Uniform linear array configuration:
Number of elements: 48
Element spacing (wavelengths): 0.25
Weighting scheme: uniform
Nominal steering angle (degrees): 45
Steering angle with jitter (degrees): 43.135
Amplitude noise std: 0.05
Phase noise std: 0.05

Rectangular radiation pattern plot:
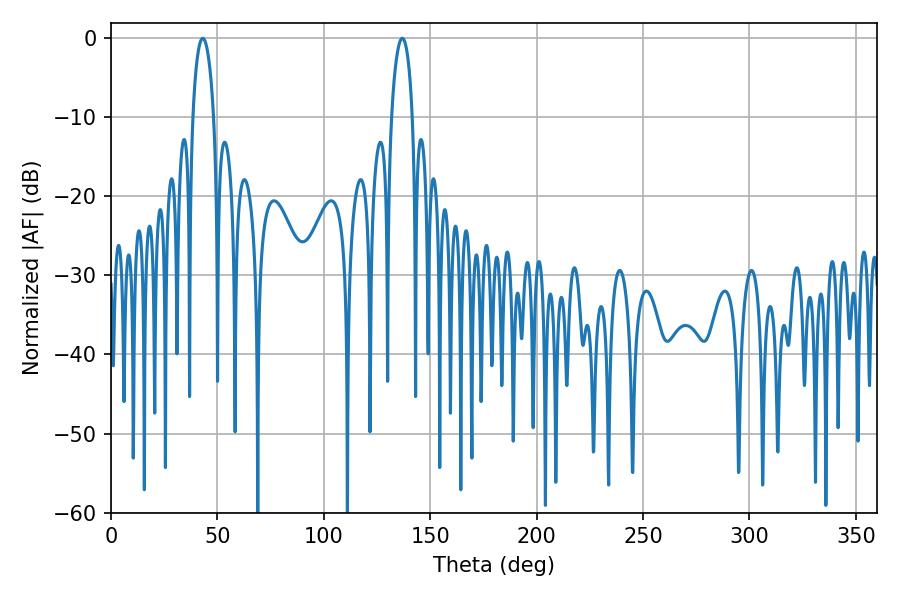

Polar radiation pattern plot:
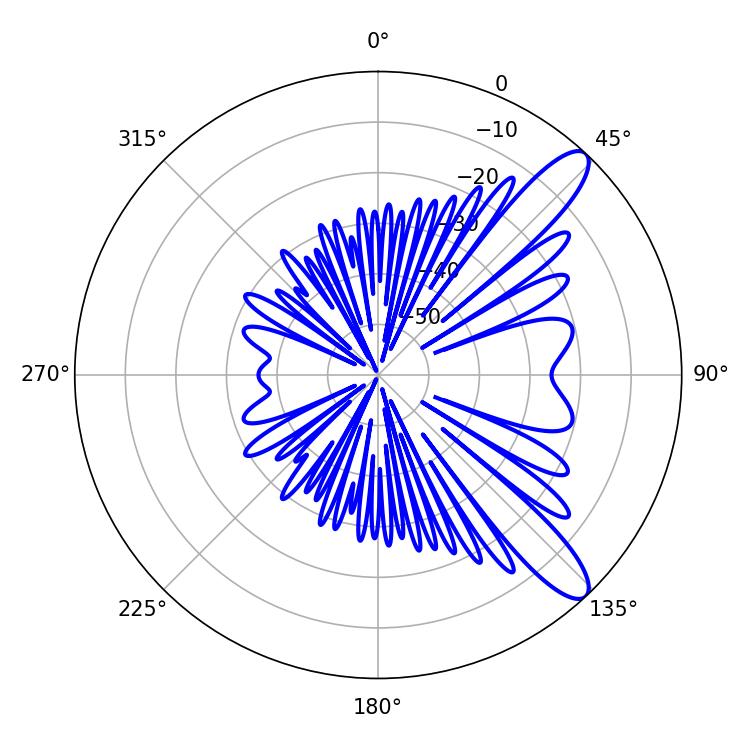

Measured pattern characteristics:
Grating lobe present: FALSE
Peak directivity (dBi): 11.064
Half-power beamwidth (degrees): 5.76
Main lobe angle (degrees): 136.8